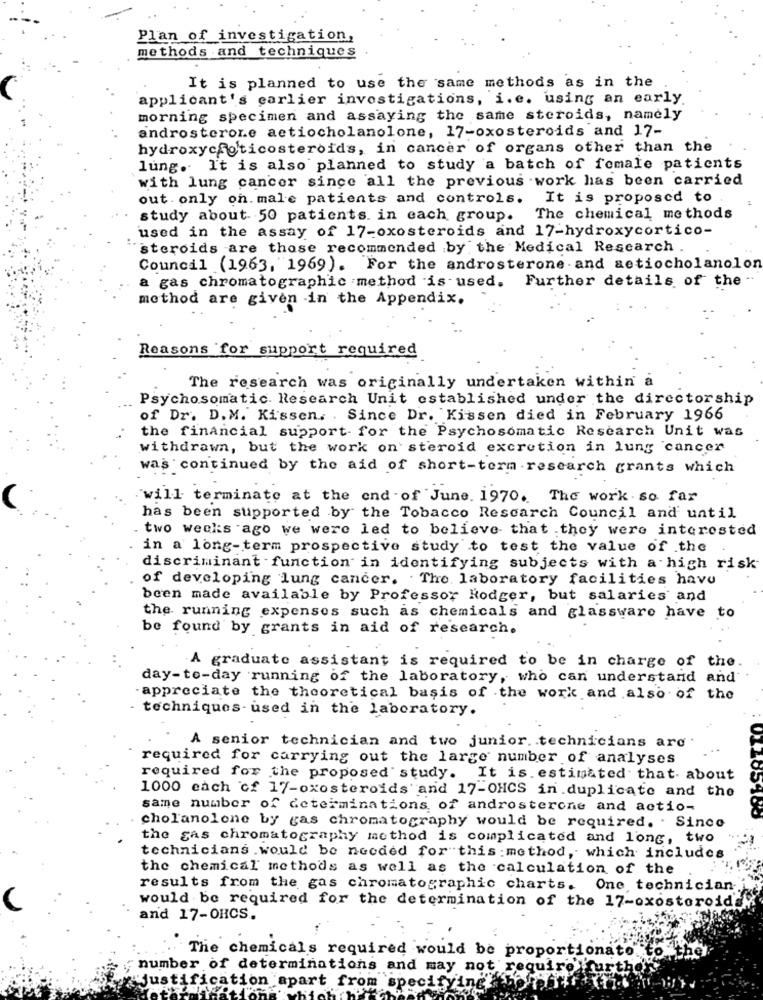
Plan of investigation,
methods and techniques
It is planned to use the same methods as in the
applicant's carlier investigations, i.e. using an early.
morning specimen and assaying the same steroids, namely
androsterone actiocholanolone, 17-oxosteroids and 17-
hydroxycfoticosteroids, in cancer of organs other than the
lung. It is also planned to study a batch of female patients
with lung cancer since all the previous work has been carried
out . only on. male patients and controls.
It is proposed to
study about 50 patients. in each group.
The chemical methods
used in the assay of 17-oxosteroids and 17-hydroxycortico-
steroids are those recommended by the Medical Research .
Council (1963, 1969). For the androsterone and aetiocholanolon
a gas chromatographic method is used. Further details of the -
method are given in the Appendix.
Reasons for support required
The research was originally undertaken within a
Psychosomatic. Research Unit established under the directorship
of Dr. D.M. Kissen, . Since Dr. Kissen died in February 1966
the financial support for the Psychosomatic Research Unit was
withdrawn, but the work on steroid excretion in lung cancer
was continued by the aid of short-term research grants which
"will terminate at the end of June. 1970. The work . so far
has been supported by the Tobacco Research Council and until
. two weeks ago we were led to believe that they were interested
in a long-term prospective study to test the value of the
discriminant function in identifying subjects with a high risk
of developing lung cancer. The laboratory facilities havu
been made available by Professor Rodger, but salaries and
the running expenses such as chemicals and glassware have to
be found by grants in aid of research.
A graduate assistant is required to be in charge of the
day-to-day running of the laboratory, who can understand and
- appreciate the theoretical basis of the work and also of the
techniques - used in the laboratory.
A senior technician and two junior. . technicians arc
required for carrying out the large number of analyses
required for the proposed study. It is. estimated that- about
1000 each of 17-oxosteroids and 17-OHCS in.duplicate and the
same number of determinations of androsterone and actio-
100100
cholanolone by gas chromatography would be required. . Since
the gas chromatography method is complicated and long, two
technicians .would be needed for this :method, which includes
the chemical methods as well as the calculation of the
results from the gas chromatographic charts. One technician-
would be required for the determination of the 17-oxosteroid
and 17-OHCS.
. The chemicals required would be proportionate to
number of determinations and may not require!
Justification apart from
specif